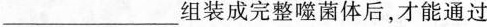
___组装成完整噬菌体后，才能通过